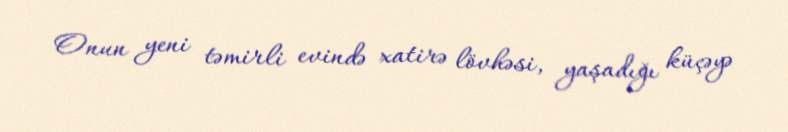
Onun yeni təmirli evində xatirə lövhəsi, yaşadığı küçəyə